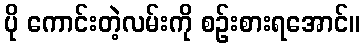
ပို ကောင်းတဲ့လမ်းကို စဉ်းစားရအောင်။